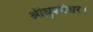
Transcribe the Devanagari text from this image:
श्रीघुश्मेश्वर।